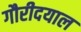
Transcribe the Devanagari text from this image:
गौरीदयाल